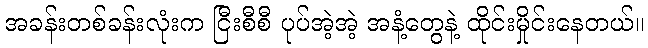
အခန်းတစ်ခန်းလုံးက ငြီးစီစီ ပုပ်အဲ့အဲ့ အနံ့တွေနဲ့ ထိုင်းမှိုင်းနေတယ်။